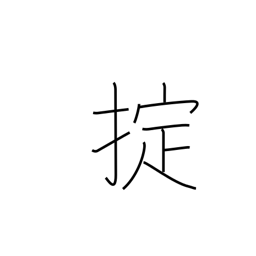
Meaning: regulations